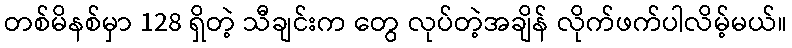
တစ်မိနစ်မှာ 128 ရှိတဲ့ သီချင်းက တွေ လုပ်တဲ့အချိန် လိုက်ဖက်ပါလိမ့်မယ်။